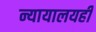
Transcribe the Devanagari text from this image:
न्यायालयही